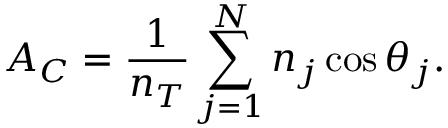
A _ { C } = \frac { 1 } { n _ { T } } \sum _ { j = 1 } ^ { N } n _ { j } \cos \theta _ { j } .